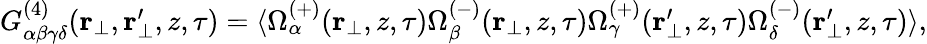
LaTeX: \begin{array}{r}{G_{\alpha\beta\gamma\delta}^{(4)}(\textbf{r}_{\perp},\textbf{r}_{\perp}^{\prime},z,\tau)=\langle\Omega_{\alpha}^{(+)}(\textbf{r}_{\perp},z,\tau)\Omega_{\beta}^{(-)}(\textbf{r}_{\perp},z,\tau)\Omega_{\gamma}^{(+)}(\textbf{r}_{\perp}^{\prime},z,\tau)\Omega_{\delta}^{(-)}(\textbf{r}_{\perp}^{\prime},z,\tau)\rangle,}\end{array}